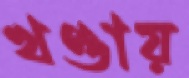
খণ্ডায়